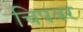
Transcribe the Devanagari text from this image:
चिपवर